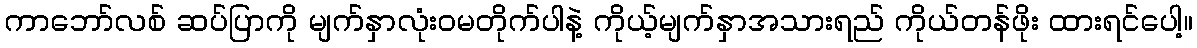
ကာဘော်လစ် ဆပ်ပြာကို မျက်နှာလုံးဝမတိုက်ပါနဲ့ ကိုယ့်မျက်နှာအသားရည် ကိုယ်တန်ဖိုး ထားရင်ပေါ့။